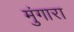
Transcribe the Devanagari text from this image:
मुंगारा